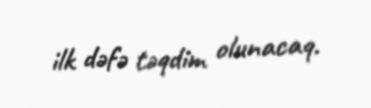
ilk dəfə təqdim olunacaq.